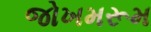
જોખમરૂમ